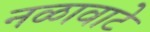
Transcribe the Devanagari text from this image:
नळावाटे